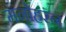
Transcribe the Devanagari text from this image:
मनोहरन